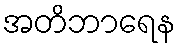
အတိဘာရေန